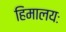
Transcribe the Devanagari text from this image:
हिमालयः